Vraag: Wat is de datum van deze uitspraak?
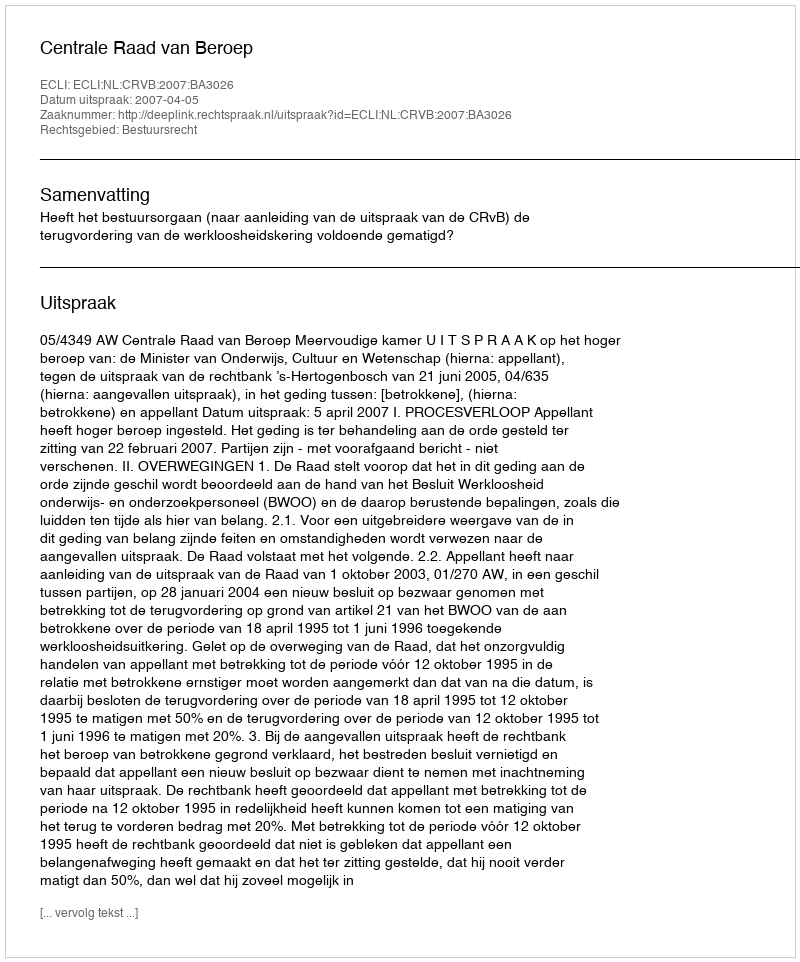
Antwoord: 2007-04-05